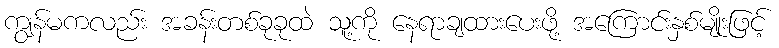
ကျွန်မကလည်း အခန်းတစ်ခုခုထဲ သူ့ကို နေရာချထားပေးဖို့ အကြောင်းနှစ်မျိုးဖြင့်